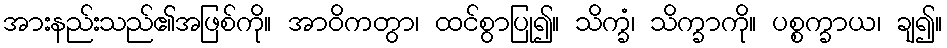
အားနည်းသည်၏အဖြစ်ကို။ အာဝိကတွာ၊ ထင်စွာပြု၍။ သိက္ခံ၊ သိက္ခာကို။ ပစ္စက္ခာယ၊ ချ၍။